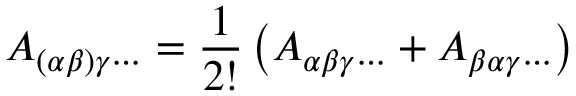
A _ { ( \alpha \beta ) \gamma \cdots } = { \frac { 1 } { 2 ! } } \left( A _ { \alpha \beta \gamma \cdots } + A _ { \beta \alpha \gamma \cdots } \right)